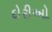
દોરીઓ